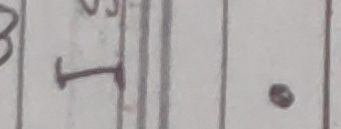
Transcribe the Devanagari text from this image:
प ।